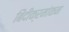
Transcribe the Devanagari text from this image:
बिंदीक्रमांकन